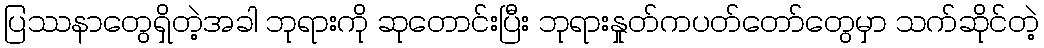
ပြဿနာတွေရှိတဲ့အခါ ဘုရားကို ဆုတောင်းပြီး ဘုရားနှုတ်ကပတ်တော်တွေမှာ သက်ဆိုင်တဲ့